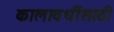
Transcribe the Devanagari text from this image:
कालावधींसाठी